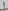
Text: 7